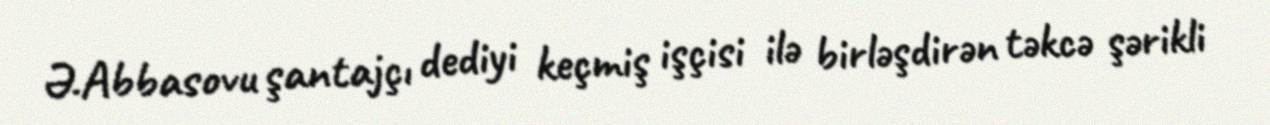
Ə.Abbasovu şantajçı dediyi keçmiş işçisi ilə birləşdirən təkcə şərikli